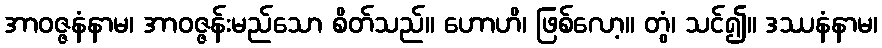
အာဝဇ္ဇနံနာမ၊ အာဝဇ္ဇန်းမည်သော စိတ်သည်။ ဟောဟိ၊ ဖြစ်လော့။ တွံ၊ သင်၍။ ဒဿနံနာမ၊